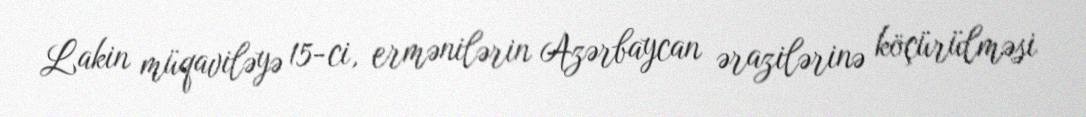
Lakin müqaviləyə 15-ci, ermənilərin Azərbaycan ərazilərinə köçürülməsi